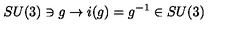
S U ( 3 ) \ni g \rightarrow i ( g ) = g ^ { - 1 } \in S U ( 3 )